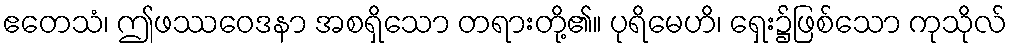
ဧတေသံ၊ ဤဖဿဝေဒနာ အစရှိသော တရားတို့၏။ ပုရိမေဟိ၊ ရှေး၌ဖြစ်သော ကုသိုလ်